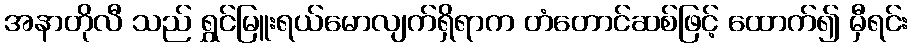
အနာတိုလီ သည် ရွှင်မြူးရယ်မောလျက်ရှိရာက တံတောင်ဆစ်ဖြင့် ထောက်၍ မှီရင်း